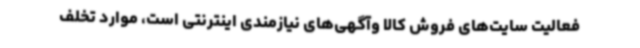
فعالیت سایت‌های فروش کالا وآگهی‌های نیازمندی اینترنتی است، موارد تخلف